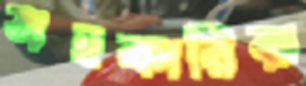
সহকারিরা